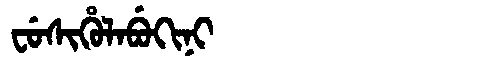
Manchu: ᠸᡠᠰᡳᡥᡠᠯᠠᠪᡠᡴᡳᠨᡳ
Romanization: FUSIHULABUKINI